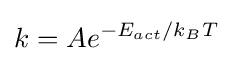
k=Ae^{-E_{act}/k_{B}T}